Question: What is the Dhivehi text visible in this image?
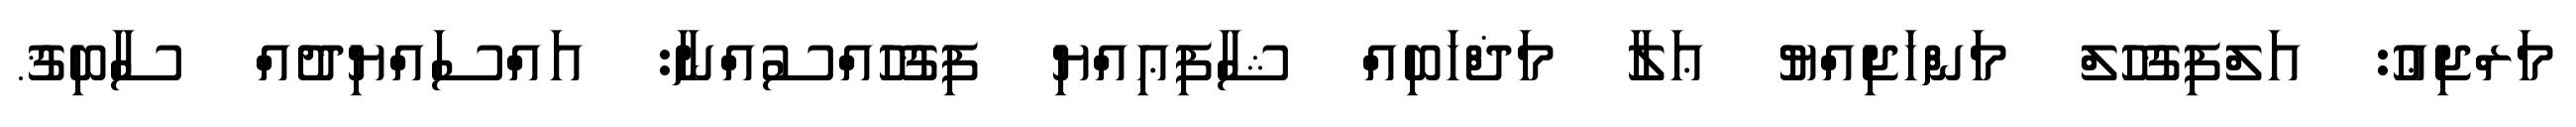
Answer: މަރްޖިޢު: އަލްފިޤުހުލް މަންހަޖިއްޔު ޢަލާ މަޛްހަބިއް ޝާފިޢިއްޔި ފިޤުހުއްސުއްނާ: އައްސައްޔިދުއް ސާބިޤު.